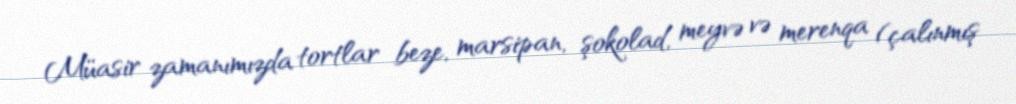
Müasir zamanımızda tortlar beze, marsipan, şokolad, meyvə və merenqa (çalınmış